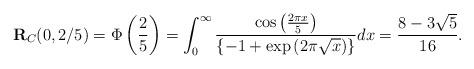
LaTeX: \begin{align*}\textbf{R}_{C}(0,2/5)=\Phi\left(\frac{2}{5}\right)=\int_{0}^{\infty}\frac{\cos\left(\frac{2\pi x}{5}\right)}{\{-1+\exp{(2\pi\sqrt{x})}\}}dx=\frac{8-3\sqrt{5}}{16}.\end{align*}